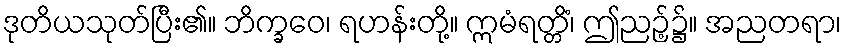
ဒုတိယသုတ်ပြီး၏။ ဘိက္ခဝေ၊ ရဟန်းတို့။ ဣမံရတ္တိံ၊ ဤညဉ့်၌။ အညတရာ၊